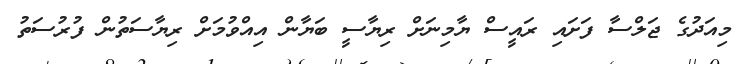
މިއަދުގެ ޖަލްސާ ފަށައި ރައީސް ޔާމިނަށް ރިޔާސީ ބަޔާން އިއްވުމަށް ރިޔާސަތުން ފުރުސަތު